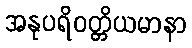
အနုပရိဝတ္တိယမာနာ